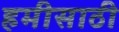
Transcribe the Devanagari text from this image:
हमीसाठी